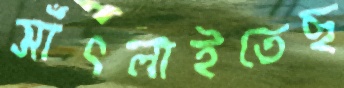
সাঁৎলাইতেছ